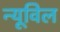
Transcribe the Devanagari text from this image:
न्यूविल